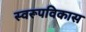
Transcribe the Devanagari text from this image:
स्वरूपविकास